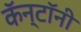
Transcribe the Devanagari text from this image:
कॅन्टॉनी